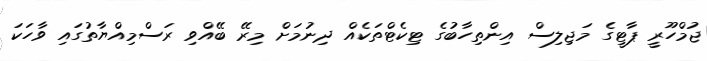
ޖުމްހޫރީ ޕާޓީގެ މަޖިލިސް އިންތިހާބުގެ ޓިކެޓްތަކެއް ދިނުމަށް މިރޭ ބޭއްވި ރަސްމިއްޔާތުގައި ވާހަކަ